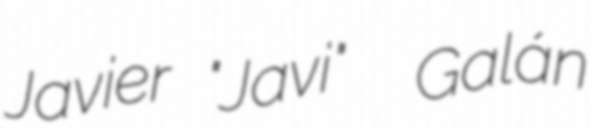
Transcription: Javier "Javi"  Galán